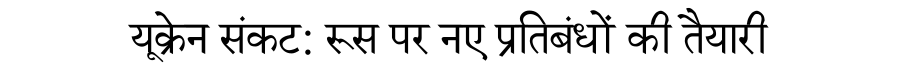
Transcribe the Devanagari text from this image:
यूक्रेन संकट: रूस पर नए प्रतिबंधों की तैयारी